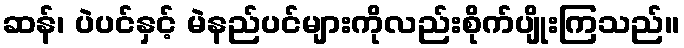
ဆန်၊ ပဲပင်နှင့် မဲနည်ပင်များကိုလည်းစိုက်ပျိုးကြသည်။